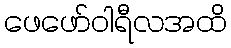
ဖေဖော်ဝါရီလအထိ